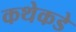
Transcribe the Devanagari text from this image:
कथेकडे